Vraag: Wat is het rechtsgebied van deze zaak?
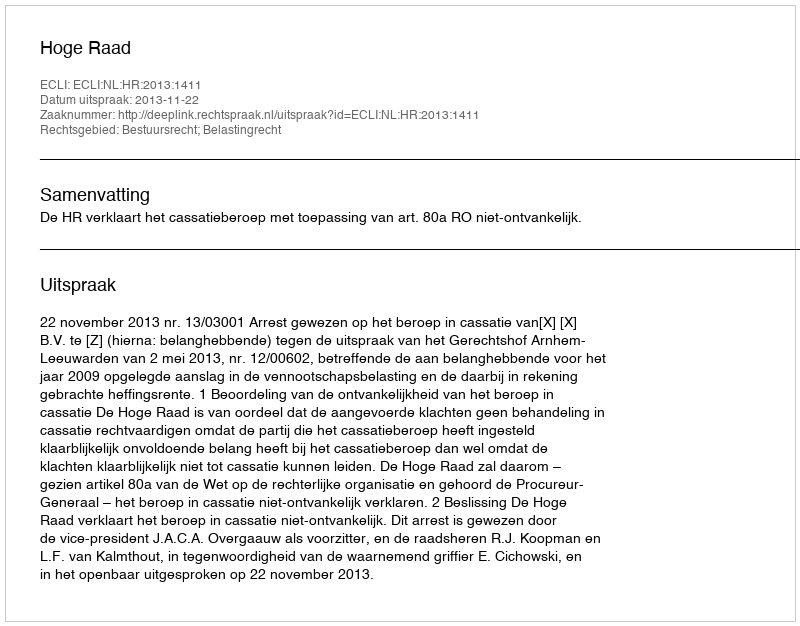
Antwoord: Bestuursrecht; Belastingrecht